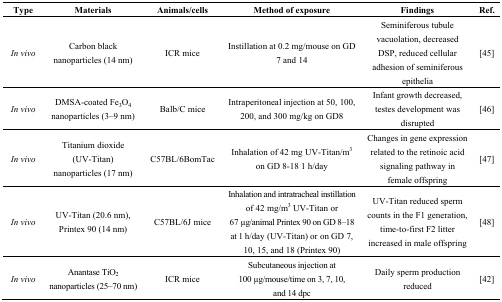
<table><thead><tr><td><b>Type</b></td><td><b>Materials</b></td><td><b>Animals/cells</b></td><td><b>Method of exposure</b></td><td><b>Findings</b></td><td><b>Ref.</b></td></tr></thead><tbody><tr><td><i>In vivo</i></td><td>Carbon black nanoparticles (14 nm)</td><td>ICR mice</td><td>Instillation at 0.2 mg/mouse on GD 7 and 14</td><td>Seminiferous tubule vacuolation, decreased DSP, reduced cellular adhesion of seminiferous epithelia</td><td>[45]</td></tr><tr><td><i>In vivo</i></td><td>DMSA-coated Fe<sub>3</sub>O<sub>4</sub> nanoparticles (3–9 nm)</td><td>Balb/C mice</td><td>Intraperitoneal injection at 50, 100, 200, and 300 mg/kg on GD8</td><td>Infant growth decreased, testes development was disrupted</td><td>[46]</td></tr><tr><td><i>In vivo</i></td><td>Titanium dioxide (UV-Titan) nanoparticles (17 nm)</td><td>C57BL/6BomTac</td><td>Inhalation of 42 mg UV-Titan/m<sup>3</sup> on GD 8–18 1 h/day</td><td>Changes in gene expression related to the retinoic acid signaling pathway in female offspring</td><td>[47]</td></tr><tr><td><i>In vivo</i></td><td>UV-Titan (20.6 nm), Printex 90 (14 nm)</td><td>C57BL/6J mice</td><td>Inhalation and intratracheal instillation of 42 mg/m<sup>3</sup> UV-Titan or 67 μg/animal Printex 90 on GD 8–18 at 1 h/day (UV-Titan) or on GD 7, 10, 15, and 18 (Printex 90)</td><td>UV-Titan reduced sperm counts in the F1 generation, time-to-first F2 litter increased in male offspring</td><td>[48]</td></tr><tr><td><i>In vivo</i></td><td>Anantase TiO<sub>2</sub> nanoparticles (25–70 nm)</td><td>ICR mice</td><td>Subcutaneous injection at 100 μg/mouse/time on 3, 7, 10, and 14 dpc</td><td>Daily sperm production reduced</td><td>[42]</td></tr></tbody></table>